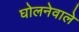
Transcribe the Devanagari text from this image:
घोलनेवाले